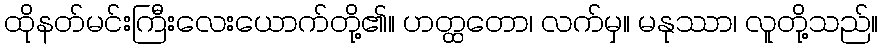
ထိုနတ်မင်းကြီးလေးယောက်တို့၏။ ဟတ္ထတော၊ လက်မှ။ မနုဿာ၊ လူတို့သည်။